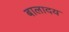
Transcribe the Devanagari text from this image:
बालादय